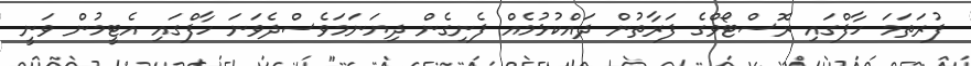
ފުރަތަމަ ހާފްގައި ރޮސްޓޯވްގެ ފަރާތުން ދައްކުޅުމެއް ފެނިގެން ދިޔަނަމަވެސްދެވަނަ ހާފްގައި އެޓީމުން ވަނީ